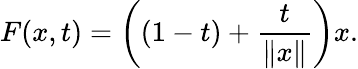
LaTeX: F(x,t)=\left((1-t)+{\frac{t}{\| x\| }}\right)x.